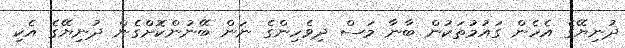
ދުނިޔޭގެ އެހެން ގައުމުތަކުން ބާނާ މަސް ދިވެހިންގެ ނަން ބޭނުންކޮށްގެން ދުނިޔޭގެ އެކި